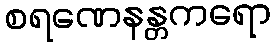
စရဏေနန္တကရော